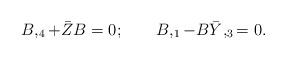
LaTeX: \begin{align*}B,_4 + \bar Z B =0;\qquad B,_1-B \bar Y,_3 =0.\end{align*}